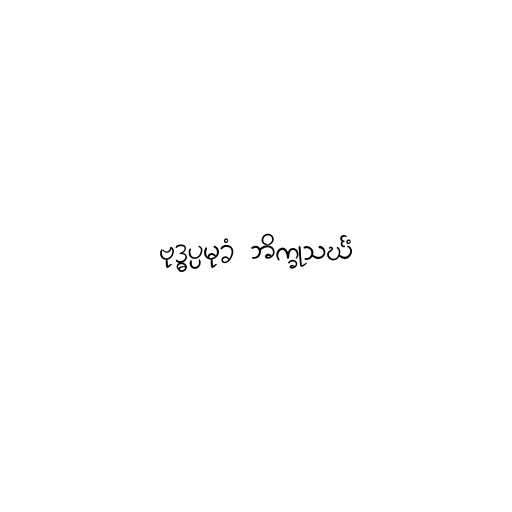
ဗုဒ္ဓပ္ပမုခံ ဘိက္ခုသင်္ဃံ